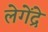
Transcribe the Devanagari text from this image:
लेगेंद्रे